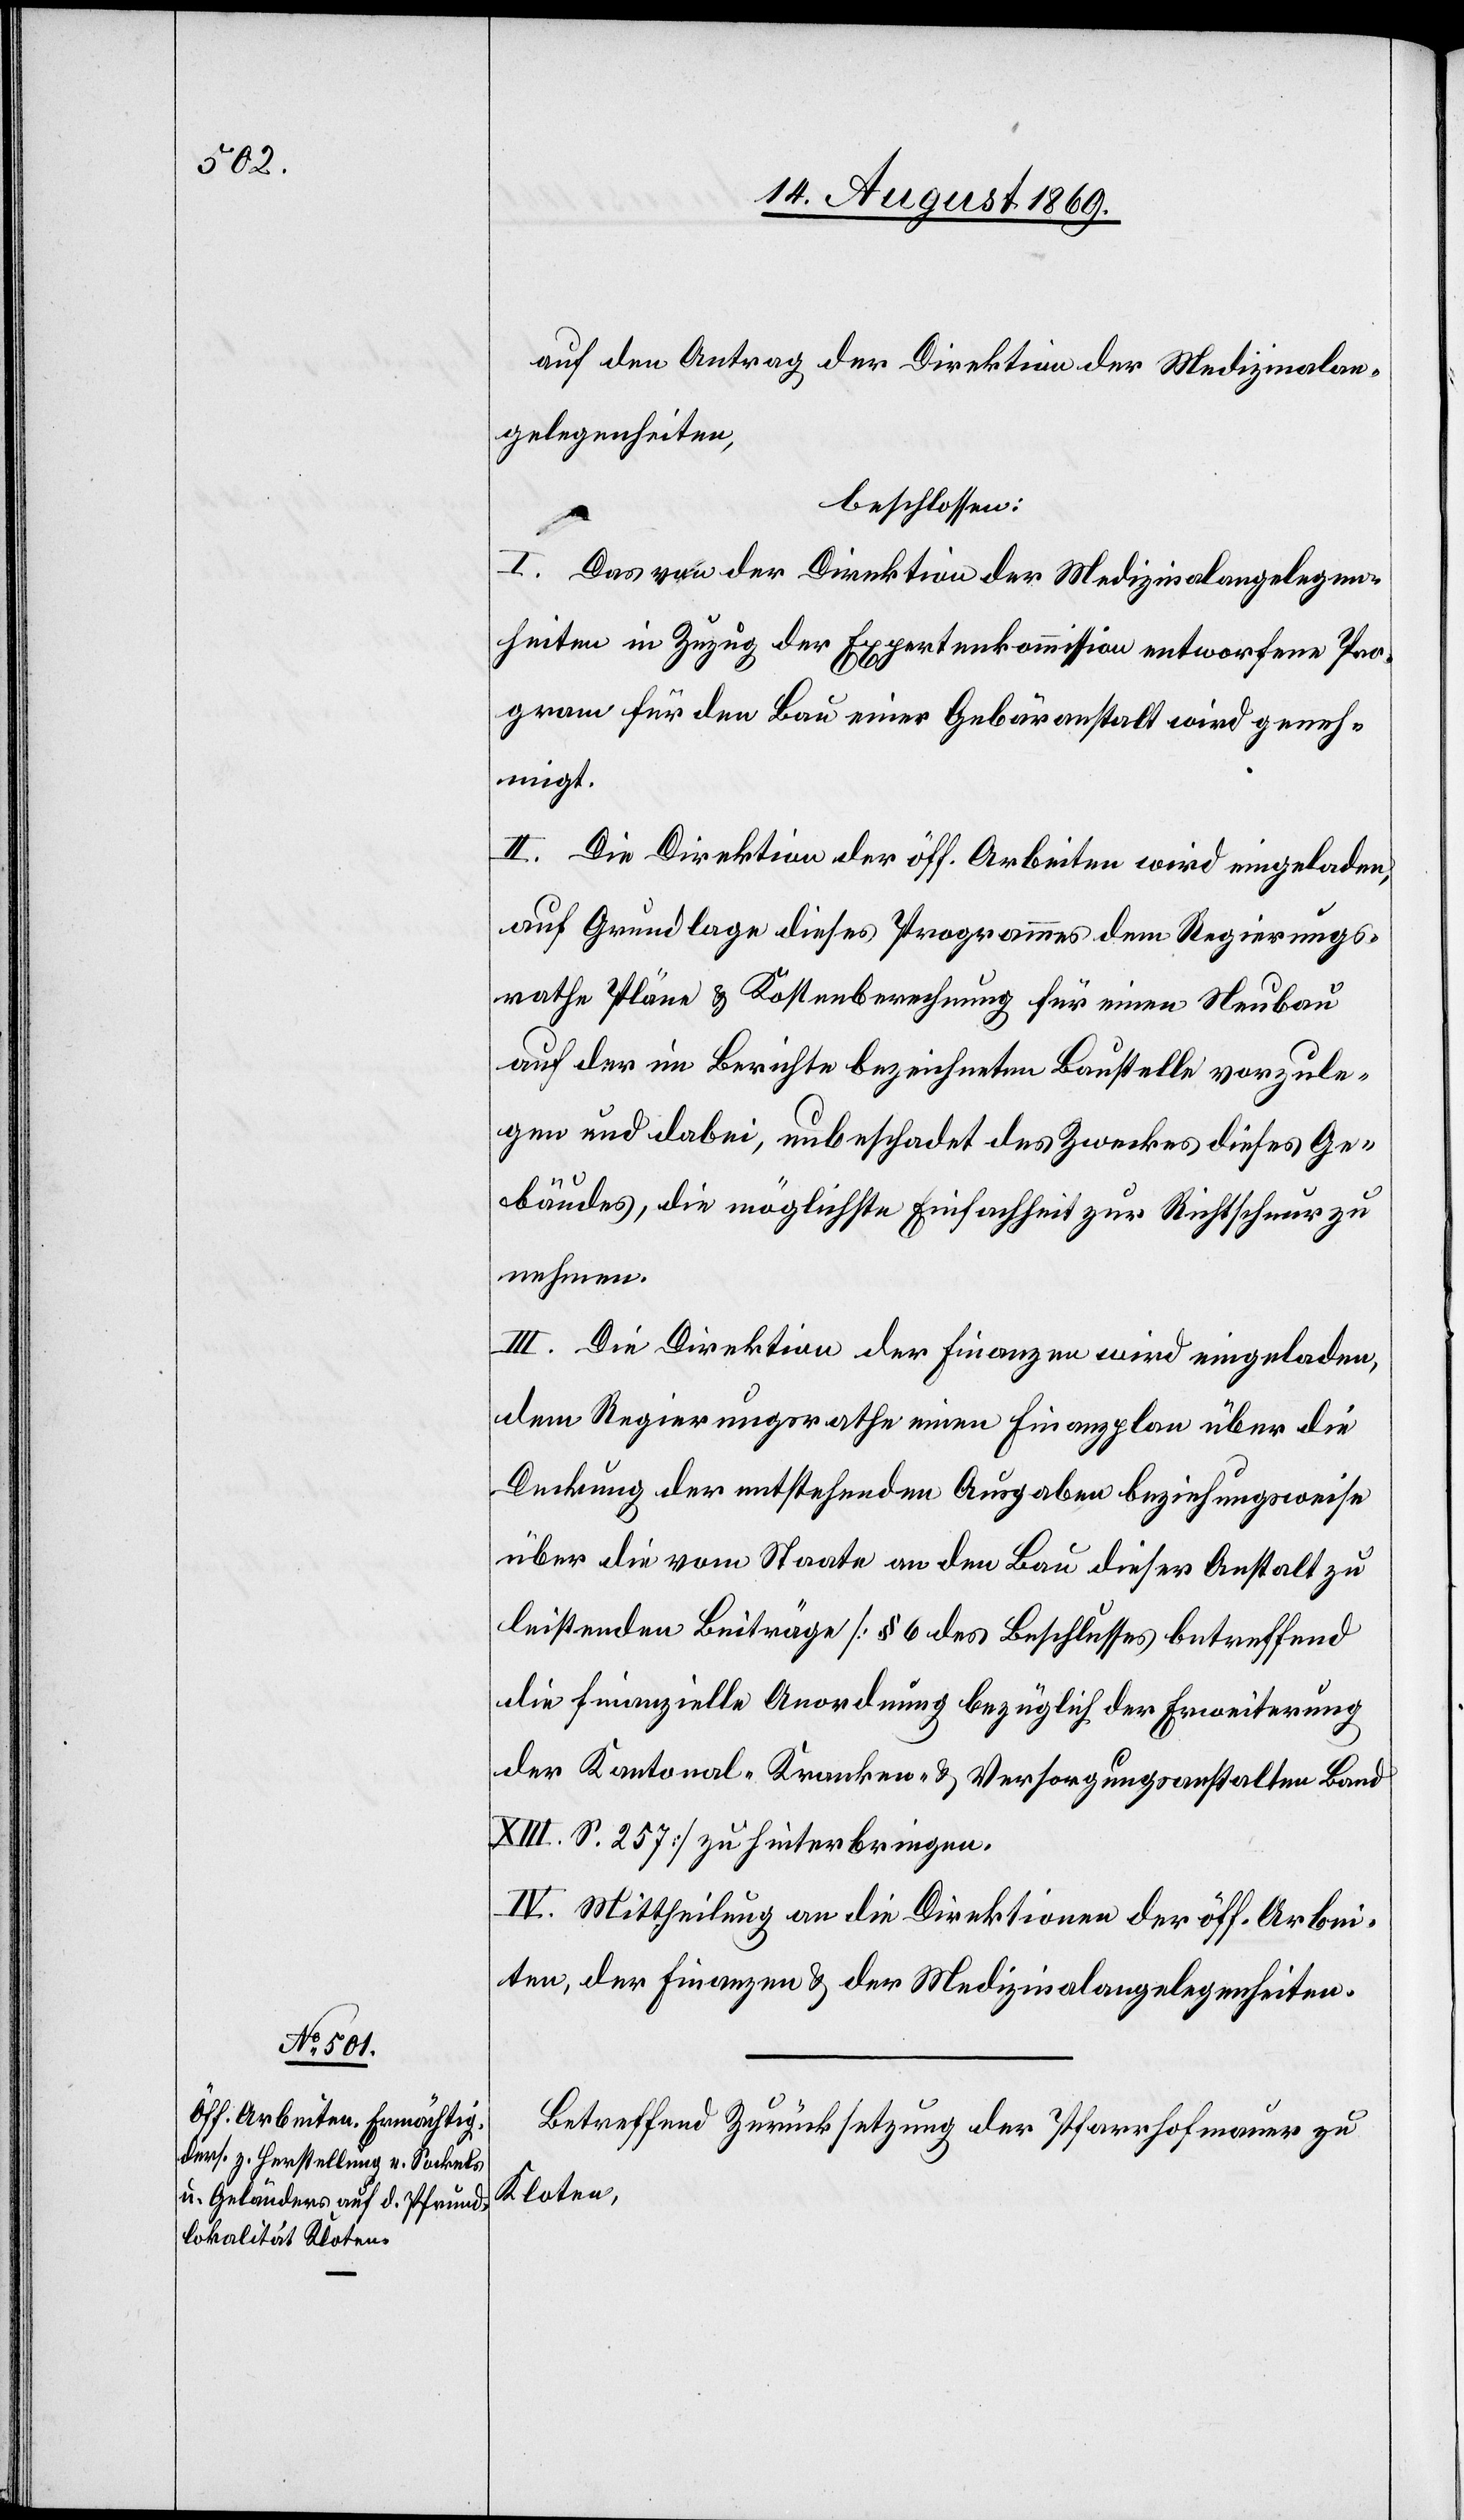
auf den Antrag der Direktion der Medizinalan¬
gelegenheiten,
beschlossen:
I. Das von der Direktion der Medizinalangelegen¬
heiten in Zuzug der Expertenkommission entworfene Pro¬
gram für den Bau einer Gebäranstalt wird geneh¬
migt.
II. Die Direktion der öff. Arbeiten wird eingeladen,
auf Grundlage dieses Programmes dem Regierungs¬
rathe Pläne & Kostenberechnung für einen Neubau
auf der im Berichte bezeichneten Baustelle vorzule¬
gen und dabei, unbeschadet des Zweckes dieses Ge¬
bäudes, die möglichste Einfachheit zur Richtschnur zu
nehmen.
III. Die Direktion der Finanzen wird eingeladen,
dem Regierungsrathe einen Finanzplan über die
Deckung der entstehenden Ausgaben beziehungsweise
über die vom Staate an den Bau dieser Anstalt zu
leitenden Beiträge [§ 6 des Beschlusses betreffend
die finanzielle Anordnung bezüglich der Erweiterung
der Kantonal-Kranken- & Versorgungsanstalten Band
XIII. S. 257] zu hinterbringen.
IV. Mittheilung an die Direktionen der öff. Arbei¬
ten, der Finanzen & der Medizinalangelegenheiten.
Betreffend Zurücksetzung der Pfarrhofmauer zu
Kloten,